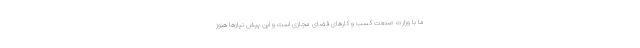
ما با وزارت صنعت کسب و کارهای فضای مجازی است و این پیش نیازها هنوز